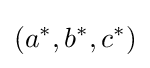
(a^{*},b^{*},c^{*})